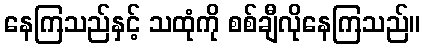
နေကြသည်နှင့် သထုံကို စစ်ချီလိုနေကြသည်။